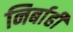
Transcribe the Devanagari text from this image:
निर्बाही